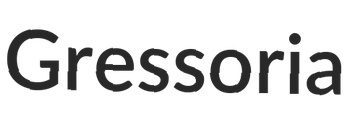
Gressoria